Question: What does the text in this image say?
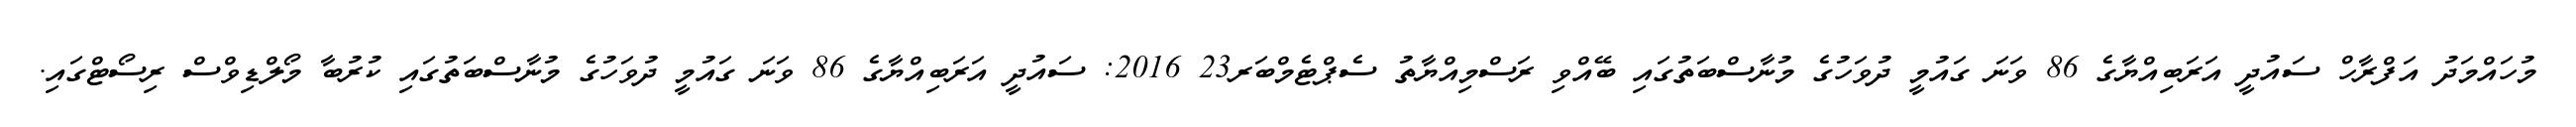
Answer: މުހައްމަދު އަފްރާހް ސައުދީ އަރަބިއްޔާގެ 86 ވަނަ ގައުމީ ދުވަހުގެ މުނާސްބަތުގައި ބޭއްވި ރަސްމިއްޔާތު ސެޕްޓެމްބަރ23 2016: ސައުދީ އަރަބިއްޔާގެ 86 ވަނަ ގައުމީ ދުވަހުގެ މުނާސްބަތުގައި ކުރުބާ މޯލްޑިވްސް ރިސޯޓްގައި.